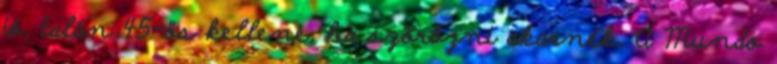
jó, talán 45-ös kellene, ha szõrözni akarnék. A Mundo